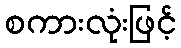
စကားလုံးဖြင့်